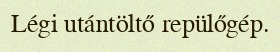
Légi utántöltő repülőgép.